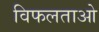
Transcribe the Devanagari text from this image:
विफलताओ